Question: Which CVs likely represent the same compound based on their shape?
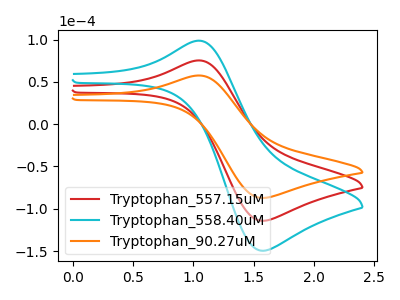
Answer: <think>The red curve "Tryptophan_557.15uM" has an anodic peak at (1.05V, 75.30uA) and a cathodic peak at (1.55V, -114.20uA). The cyan curve "Tryptophan_558.40uM" has an anodic peak at (1.05V, 150.60uA) and a cathodic peak at (1.55V, -228.45uA). The orange curve "Tryptophan_90.27uM" has an anodic peak at (1.05V, 57.50uA) and a cathodic peak at (1.55V, -87.20uA).
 All the peaks in "Tryptophan_557.15uM" have a peak in "Tryptophan_558.40uM" at the same potential. Every peak in "Tryptophan_557.15uM" is lower than every peak in "Tryptophan_558.40uM". All the peaks in "Tryptophan_557.15uM" have a peak in "Tryptophan_90.27uM" at the same potential. Every peak in "Tryptophan_557.15uM" is higher than every peak in "Tryptophan_90.27uM". All the peaks in "Tryptophan_558.40uM" have a peak in "Tryptophan_90.27uM" at the same potential. Every peak in "Tryptophan_558.40uM" is higher than every peak in "Tryptophan_90.27uM".</think>
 <answer>"Tryptophan_90.27uM", "Tryptophan_557.15uM" and "Tryptophan_558.40uM" have the same shape and are likely CV's of the same chemical.</answer>
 <eval>"Tryptophan_90.27uM" "Tryptophan_557.15uM" "Tryptophan_558.40uM"</eval>